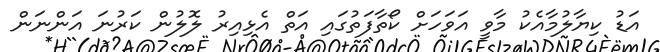
އަޑު ކިޔާލުމާއެކު މާވީ އަވަހަށް ކޯތާފަތުގައި އަތް އެޅިއިރު ލޮލުން ކަރުނަ އަންނަން